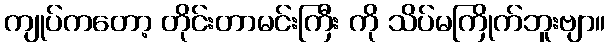
ကျုပ်ကတော့ တိုင်းတာမင်းကြီး ကို သိပ်မကြိုက်ဘူးဗျာ။